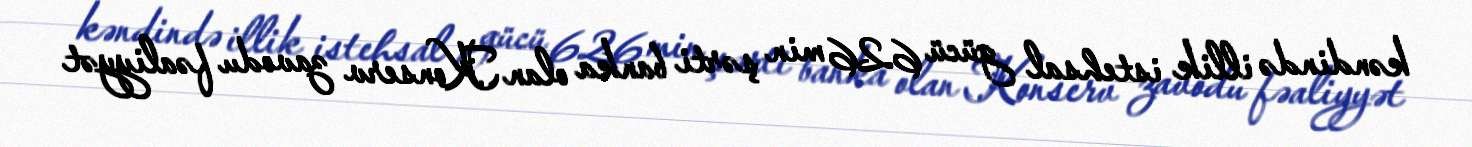
kəndində illik istehsal gücü 626 min şərti banka olan Konserv zavodu fəaliyyət